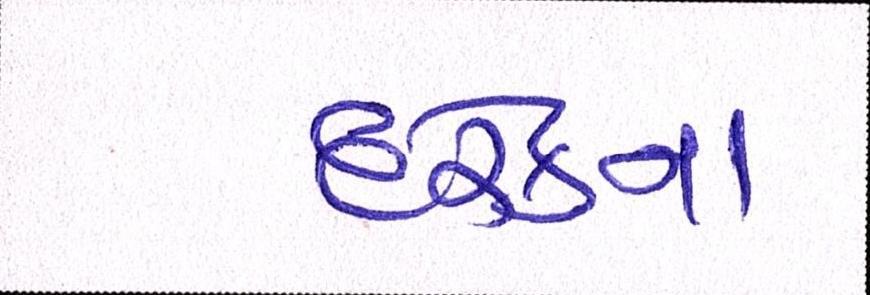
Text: દરેકના